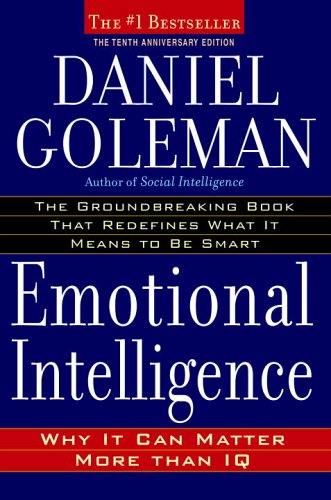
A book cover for Emotional Intelligence: 10th Anniversary Edition; Why It Can Matter More Than IQ; Daniel Goleman; Science & Math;